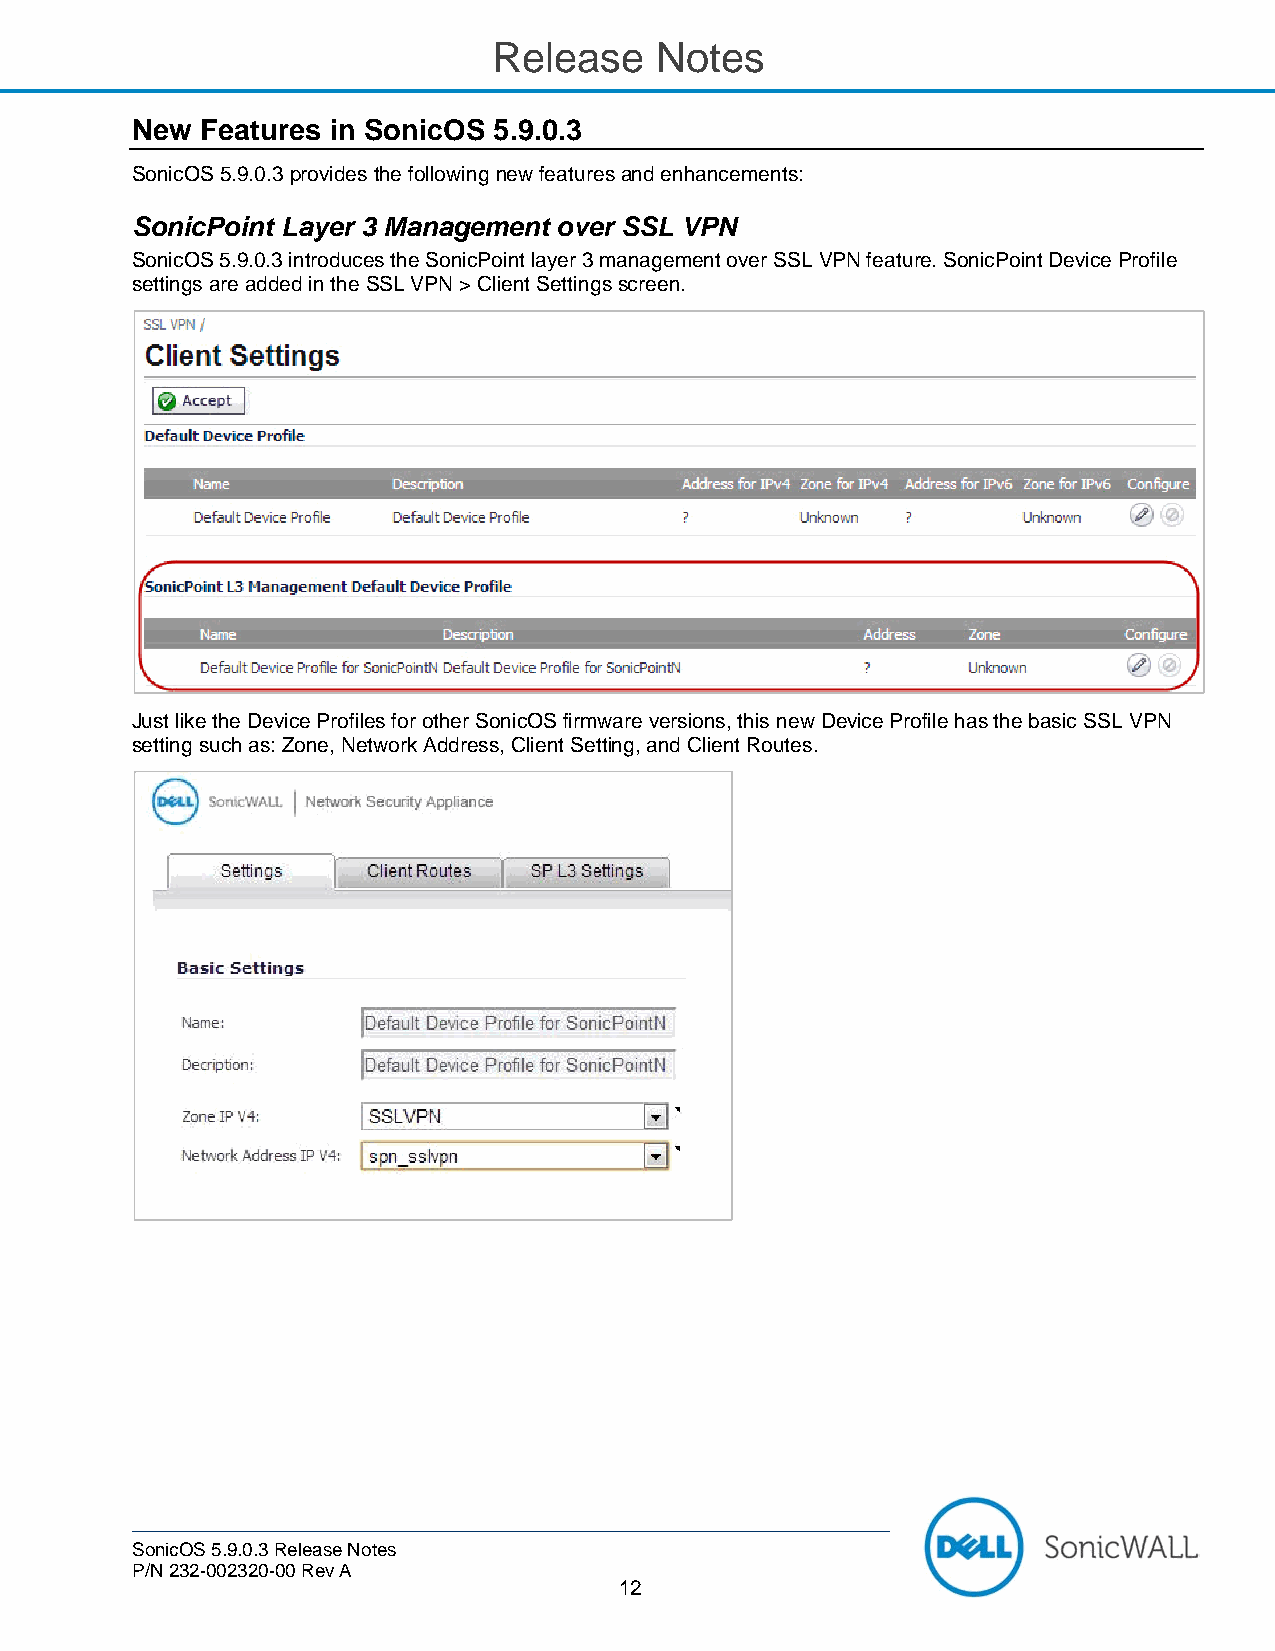
Release   Notes
 New Features in SonicOS 5.9.0.3
 SonicOS 5.9.0.3 provides the following new features and enhancements:
 SonicPoint Layer 3 Management over SSL VPN
 SonicOS 5.9.0.3 introduces the SonicPoint layer 3 management over SSL VPN feature. SonicPoint Device Profile
 settings are added in the SSL VPN > Client Settings screen.
 Just like the Device Profiles for other SonicOS firmware versions, this new Device Profile has the basic SSL VPN
 setting such as: Zone, Network Address, Client Setting, and Client Routes.
 SonicOS 5.9.0.3 Release Notes
 P/N 232-002320-00 Rev A
 12